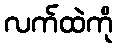
လက်ထဲကို